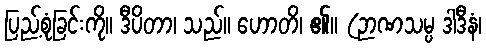
ပြည့်စုံခြင်းကို။ ဒီပိတာ၊ သည်။ ဟောတိ၊ ၏။ (ဉာဏသမ္ပ ဒါဒီနံ၊